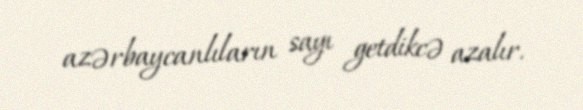
azərbaycanlıların sayı getdikcə azalır.